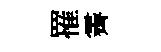
罹霽